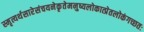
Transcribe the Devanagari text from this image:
स्मृत्यर्थसारेसंचयनेकृतेमनुष्यलोकात्प्रेतलोकंगच्छतः